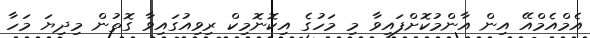
އެމްއެމްއޭ އިން އާންމުކޮށްފައިވާ މި މަހުގެ އިކޮނޮމިކް ރިވިއުގައިވާ ގޮތުން މިދިޔަ މަހާ